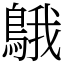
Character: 䳘